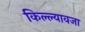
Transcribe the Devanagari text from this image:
किल्ल्यावजा